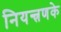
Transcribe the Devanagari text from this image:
नियन्त्रणके